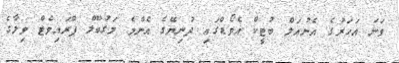
ވަނަ އަހަރުގެ އެނުއަލް ބުޓީކް އެވޯޑްގައި ދުނިޔޭގެ އެންމެ މަގުބޫލް ޕްރައިވެޓް ވިލާގެ